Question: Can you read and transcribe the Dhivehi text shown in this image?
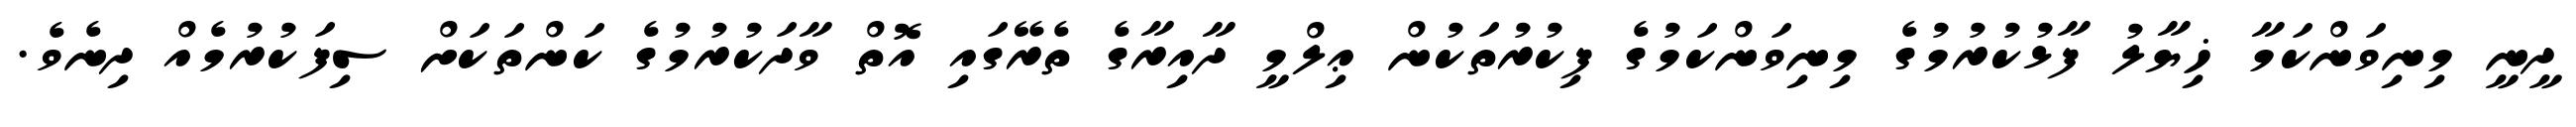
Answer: ދީނީ މިނިވަންކަމާ ޚިޔާލު ފާޅުކުރުމުގެ މިނިވަންކަމުގެ ފިކުރުތަކުން ޢިލްމީ ދާއިރާގެ ތެރޭގައި އޮތް ވާދަކުރުމުގެ ކަންތަކަށް ސިފަކުރުމެއް ދިނެވެ.